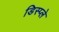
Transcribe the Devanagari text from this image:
डिस्‍प्‍ले